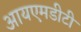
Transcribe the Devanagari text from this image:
आयएमडीटी